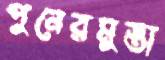
পুনেরমুস্তা